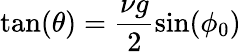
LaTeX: \tan(\theta)=\frac{\nu g}{2}\sin(\phi_{0})